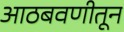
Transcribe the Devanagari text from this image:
आठबवणीतून